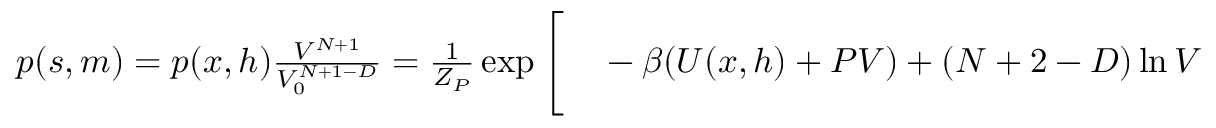
\begin{array} { r l } { p ( s , m ) = p ( x , h ) \frac { V ^ { N + 1 } } { V _ { 0 } ^ { N + 1 - D } } = \frac { 1 } { Z _ { P } } \exp \Bigg [ } & { { } - \beta ( U ( x , h ) + P V ) + ( N + 2 - D ) \ln { V } } \end{array}